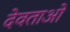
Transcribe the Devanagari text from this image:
देवताओं